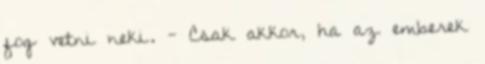
fog vetni neki. - Csak akkor, ha az emberek